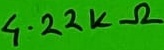
Text: 4.22KΩ